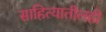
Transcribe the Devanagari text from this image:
साहित्यातीलही